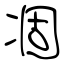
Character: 凅